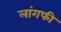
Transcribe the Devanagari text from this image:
लांगफी